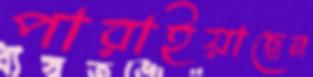
পারাইয়াছেন